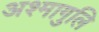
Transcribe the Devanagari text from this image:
अश्मागुलि